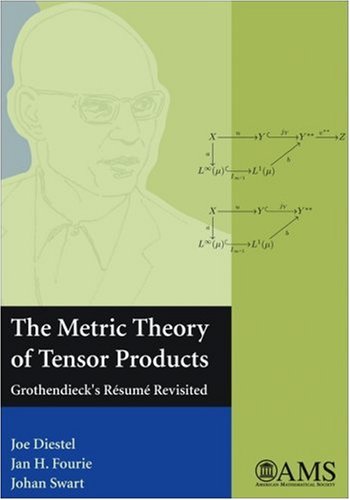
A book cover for The Metric Theory of Tensor Products; Joe Diestel; Science & Math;